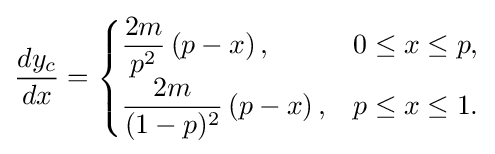
{\frac {dy_{c}}{dx}}={\begin{cases}{\dfrac {2m}{p^{2}}}\left(p-x\right),&0\leq x\leq p,\\{\dfrac {2m}{(1-p)^{2}}}\left(p-x\right),&p\leq x\leq 1.\end{cases}}